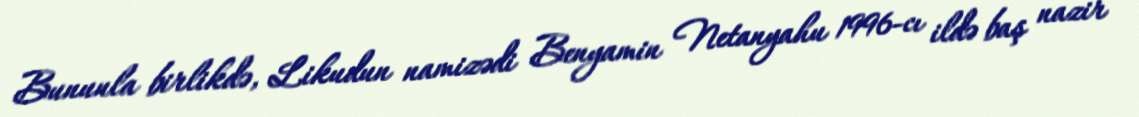
Bununla birlikdə, Likudun namizədi Benyamin Netanyahu 1996-cı ildə baş nazir